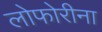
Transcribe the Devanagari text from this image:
लोफोरीना